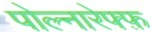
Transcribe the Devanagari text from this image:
पोल्नारेफ्फ़